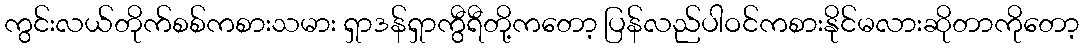
ကွင်းလယ်တိုက်စစ်ကစားသမား ရှာဒန်ရှာကွီရီတို့ကတော့ ပြန်လည်ပါဝင်ကစားနိုင်မလားဆိုတာကိုတော့